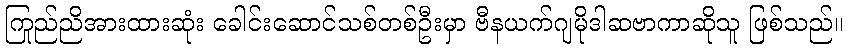
ကြည်ညိုအားထားဆုံး ခေါင်းဆောင်သစ်တစ်ဦးမှာ ဗီနယက်ဂျမိုဒါဆဗာကာဆိုသူ ဖြစ်သည်။